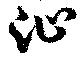
沚